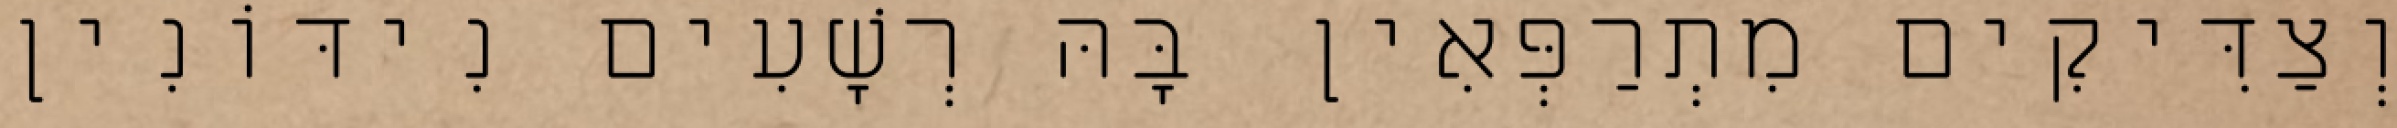
וְצַדִּיקִים מִתְרַפְּאִין בָּהּ רְשָׁעִים נִידּוֹנִין